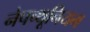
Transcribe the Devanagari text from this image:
नेपच्थूनियम